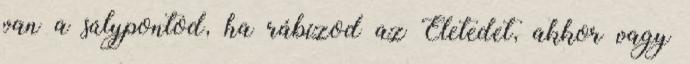
van a súlypontod, ha rábízod az Életedet, akkor vagy